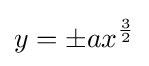
y=\pm ax^{\frac {3}{2}}